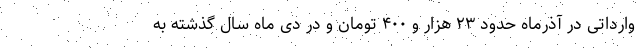
وارداتی در آذرماه حدود ۲۳ هزار و ۴۰۰ تومان و در دی ماه سال گذشته به